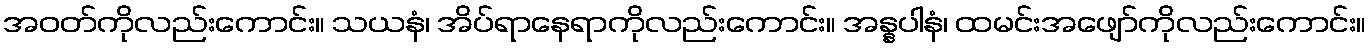
အဝတ်ကိုလည်းကောင်း။ သယနံ၊ အိပ်ရာနေရာကိုလည်းကောင်း။ အန္နပါနံ၊ ထမင်းအဖျော်ကိုလည်းကောင်း။